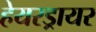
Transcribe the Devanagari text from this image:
हेयरड्रायर